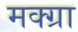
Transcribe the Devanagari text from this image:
मक्ग्रा